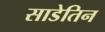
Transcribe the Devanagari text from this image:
साडेतिन